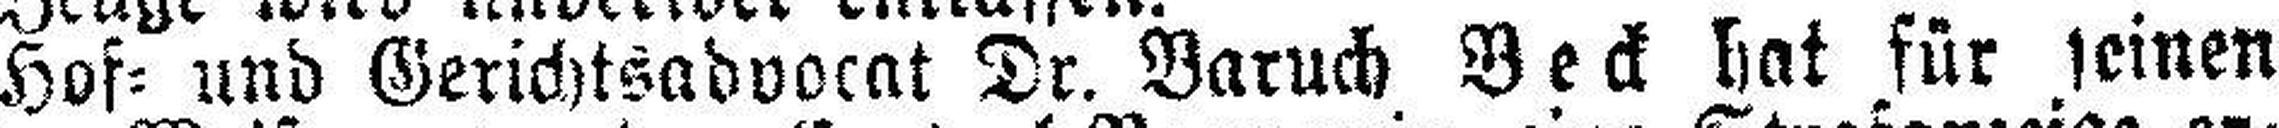
Hof= und Gerichtsadvocat Dr. Baruch Beck hat für seinen